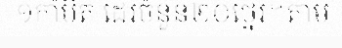
១កាំបិត ដេរចំនួន២០ថ្នេរ។តាម